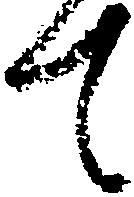
て